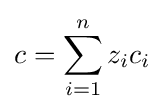
c=\sum _{i=1}^{n}z_{i}c_{i}